Kaarli_hariduselts_Sade, lk 13
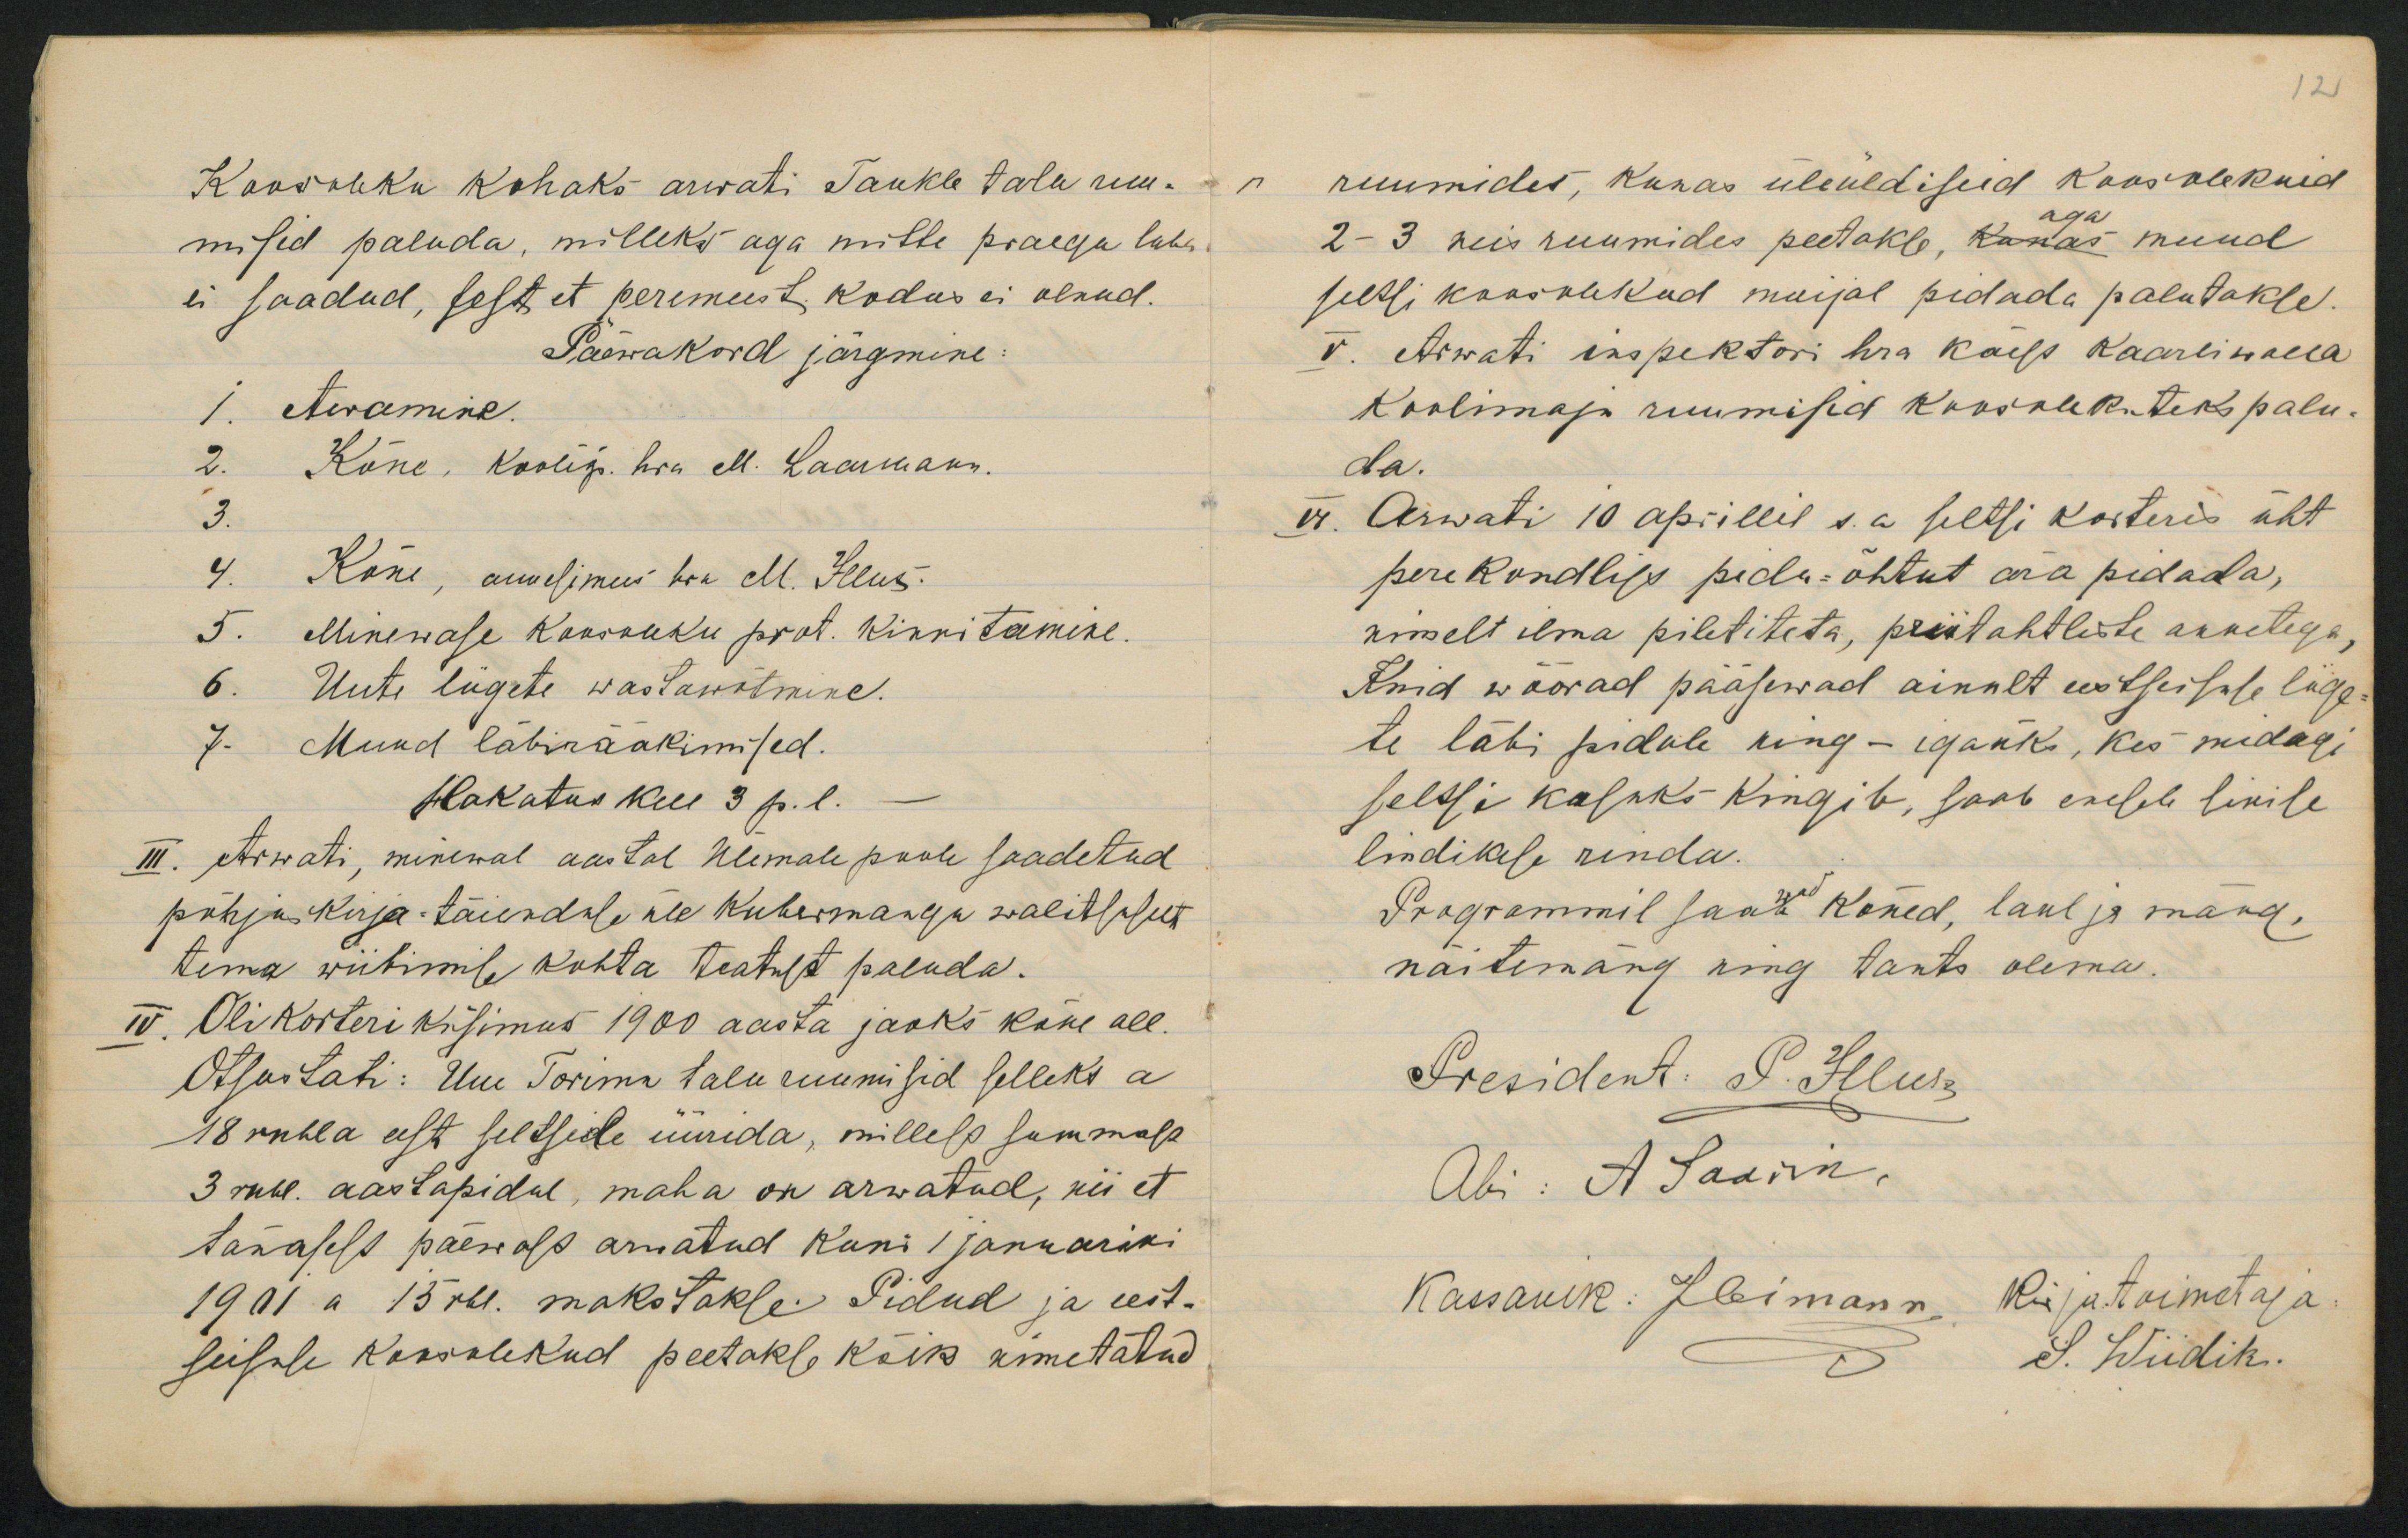
Koosohku kohaks arwati Taukle talu ruu-mised paluda, milleks aga mitle praegu luba.ei saadud, sest et perimeest, kodus ei olnud.Päewakord järgmine:1. Awamine.Kõne. Koolip. hra M. Laarmann.Kõne, auvelimees hoa M. Helus.Minenase Koossuku prot. Kirritamise.Uute lugete wastawõtmine.Muud läbiraakimised.Hlakatus kue 3 p. l.III. Arwati, minewal aastal Ülemale poole saadetudpõhju kija-täiendil üle kuhermanga walitsisettima wiibimil kohta teatust paenda.VV. Oli korteriküsimus 1900 aasta jaoks kane all.Otsustati: Uue Torim talu ruumisid selleks a18 rubla ast seltside uurida, millesp summala3 rube. aastapidul, maha on arwatud, nu ettänasest paewals amatud kuni1 januarwi1901 a 15 rbl. makstakle. Pidud ja eest-seisale kossolekud peetakse kõik aumnetatud

ruumides, kunas üleüldiseid koosolekuidaga2-3 neis ruumides peetakb, Rakas muudseessi koosoukud muijal pidada palutakse.T. Arwati inspektori hra kaigs KaarlinauaKoolnaja ruumisid koosolekutek palu-da.vr. Arwati 10 aprillil s.a seetsi kosteris ühtperekondlisa pedu-õhtut ära pidada,nmmelt ilma piletiteta, priitahtliste arvetega,And waorad pääsewad ainult ustseisile ligete läbi pidule ning - igaük, kes midagiselssi kasuks kingib, saab eselele likilelindikese rinda.Progrommil saati Roned, laulja marg,näitemäng nsng tants olema.